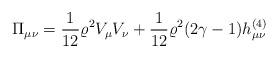
LaTeX: \begin{align*}\Pi_{\mu\nu} = \frac{1}{12} \varrho^2 V_{\mu}V_{\nu} +\frac{1}{12} \varrho^2 (2 \gamma - 1) h^{(4)}_{\mu\nu}\end{align*}